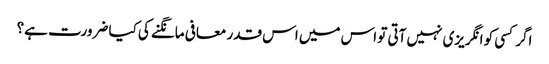
اگر کسی کو انگریزی نہیں آتی تو اس میں اس قدر معافی مانگنے کی کیا ضرورت ہے؟